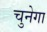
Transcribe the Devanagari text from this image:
चुनेगा